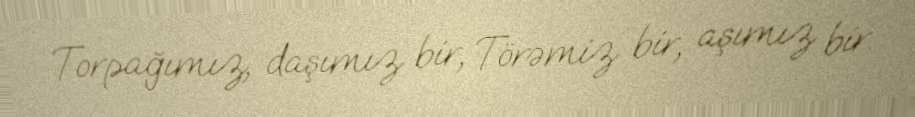
Torpağımız, daşımız bir, Törəmiz bir, aşımız bir.